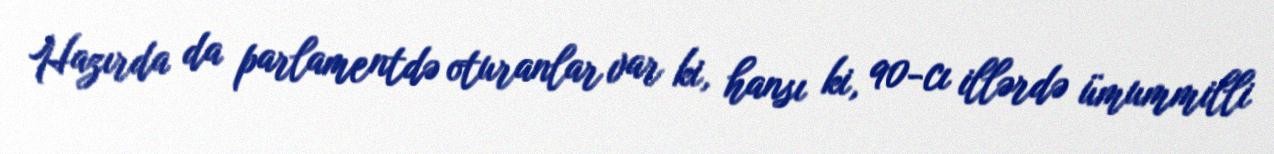
Hazırda da parlamentdə oturanlar var ki, hansı ki, 90-cı illərdə ümummilli